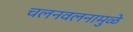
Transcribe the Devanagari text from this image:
चलनवलनामुळे